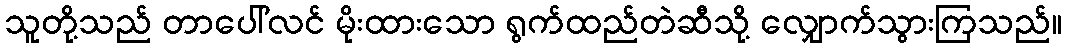
သူတို့သည် တာပေါ်လင် မိုးထားသော ရွက်ထည်တဲဆီသို့ လျှောက်သွားကြသည်။